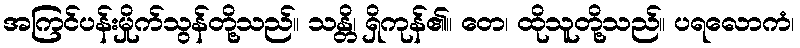
အကြင်ပန်းမှိုက်သွန်တို့သည်။ သန္တိ၊ ရှိကုန်၏။ တေ၊ ထိုသူတို့သည်။ ပရလောကံ၊